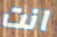
انت